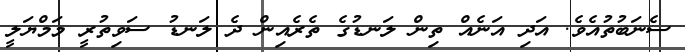
ސެނަބުތުއެވެ. އަދި އަނެއް ތިން ލަނޑުގެ ތެރެއިން ދެ ލަނޑު ސަވިތުރީ މަމްޔަލީ